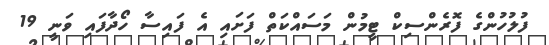
ފުލުހުންގެ ފޮރެންސިކް ޓީމުން މަސައްކަތް ފަށައި އެ ފައިސާ ހޯދާފައި ވަނީ 19